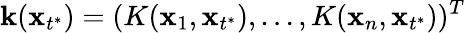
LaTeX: \mathbf k(\mathbf x_{t^{*}})=(K(\mathbf x_{1},\mathbf x_{t^{*}}),...,K(\mathbf x_{n},\mathbf x_{t^{*}}))^{T}